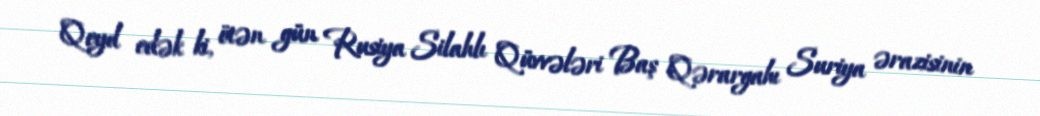
Qeyd edək ki, ötən gün Rusiya Silahlı Qüvvələri Baş Qərargahı Suriya ərazisinin